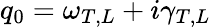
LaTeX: q_{0}=\omega_{T,L}+i\gamma_{T,L}